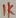
Text: 1K